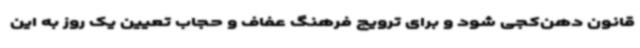
قانون دهن‌کجی شود و برای ترویج فرهنگ عفاف و حجاب تعیین یک روز به این